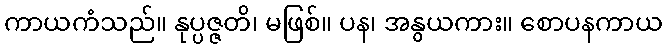
ကာယကံသည်။ နုပ္ပဇ္ဇတိ၊ မဖြစ်။ ပန၊ အနွယကား။ စောပနကာယ